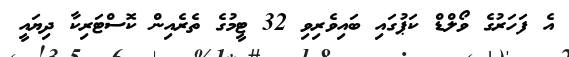
އެ ފަހަރުގެ ވޯލްޑް ކަޕުގައި ބައިވެރިވި 32 ޓީމުގެ ތެރެއިން ކޮސްޓަރިކާ ދިޔައީ